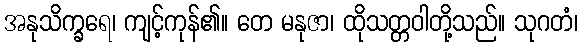
အနုသိက္ခရေ၊ ကျင့်ကုန်၏။ တေ မနုဇာ၊ ထိုသတ္တဝါတို့သည်။ သုဂတံ၊